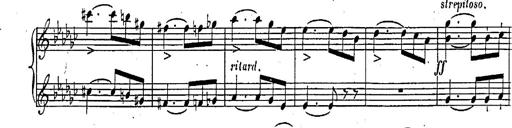
Title: Marche et Cavatine de Lucie de Lammermoor, S.398
Composer: Franz Liszt